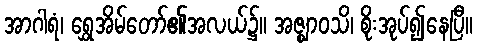
အာဂါရံ၊ ရွှေအိမ်တော်၏အလယ်၌။ အဇ္ဈာဝသိ၊ စိုးအုပ်၍နေပြီ။